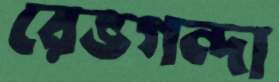
রেভগন্দা